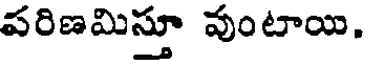
పరిణమిస్తూ వుంటాయి.